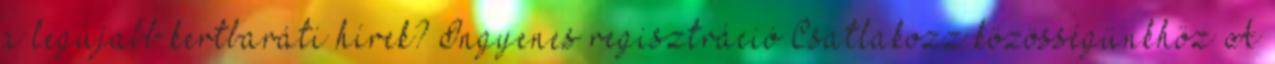
a legújabb kertbaráti hírek? Ingyenes regisztráció Csatlakozz közösségünkhöz A